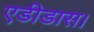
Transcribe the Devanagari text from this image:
एडीडास।